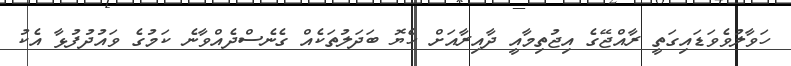
ހަވާލުވެވަޑައިގަތީ ރާއްޖޭގެ އިޖުތިމާއީ ދާއިރާއަށް ހެޔޮ ބަދަލުތަކެއް ގެނެސްދެއްވާނެ ކަމުގެ ވައުދުފުޅާ އެކު